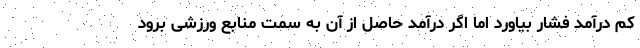
کم درآمد فشار بیاورد اما اگر درآمد حاصل از آن به سمت منابع ورزشی برود